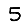
Digit: 5